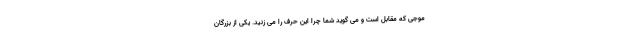
موجی که مقابل است و می گوید شما چرا این حرف را می زنید. یکی از بزرگان